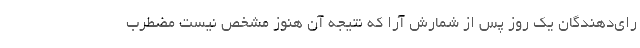
رای‌دهندگان یک روز پس از شمارش آرا که نتیجه آن هنوز مشخص نیست مضطرب